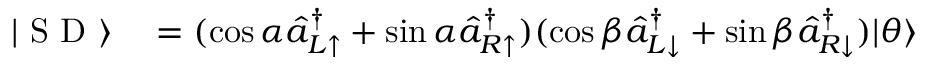
\begin{array} { r l } { | \textrm { S D } \rangle } & { { } = ( \cos \alpha \hat { a } _ { L \uparrow } ^ { \dag } + \sin \alpha \hat { a } _ { R \uparrow } ^ { \dag } ) ( \cos \beta \hat { a } _ { L \downarrow } ^ { \dag } + \sin \beta \hat { a } _ { R \downarrow } ^ { \dag } ) | \theta \rangle } \end{array}